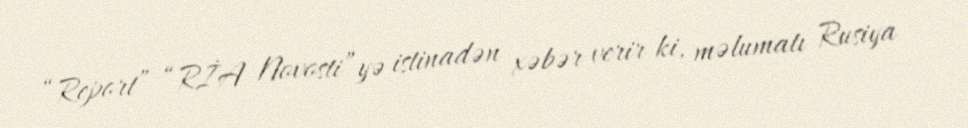
“Report” “RİA Novosti”yə istinadən xəbər verir ki, məlumatı Rusiya